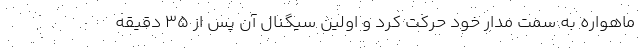
ماهواره به سمت مدار خود حرکت کرد و اولین سیگنال آن پس از 35 دقیقه